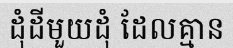
ដុំដីមួយដុំ ដែលគ្មាន